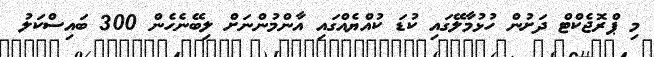
މި ޕްރޮޖެކްޓް ދަށުން ހުޅުމާލޭގައި ކުޑަ ކުއްޔެއްގައި އާންމުންނަށް ލިބޭނެހެން 300 ބައިސްކަލު